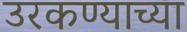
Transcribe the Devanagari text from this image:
उरकण्याच्या